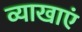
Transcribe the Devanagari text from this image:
व्याखाएं